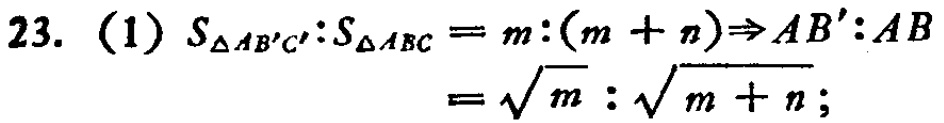
23. (1) \(S_{\triangle AB'C'}:S_{\triangle ABC}=m:(m + n)\Rightarrow AB':AB=\sqrt{m}:\sqrt{m + n}\);